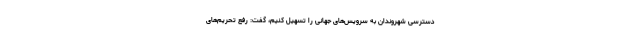
دسترسی شهروندان به سرویس‌های جهانی را تسهیل کنیم، گفت: رفع تحریم‌های